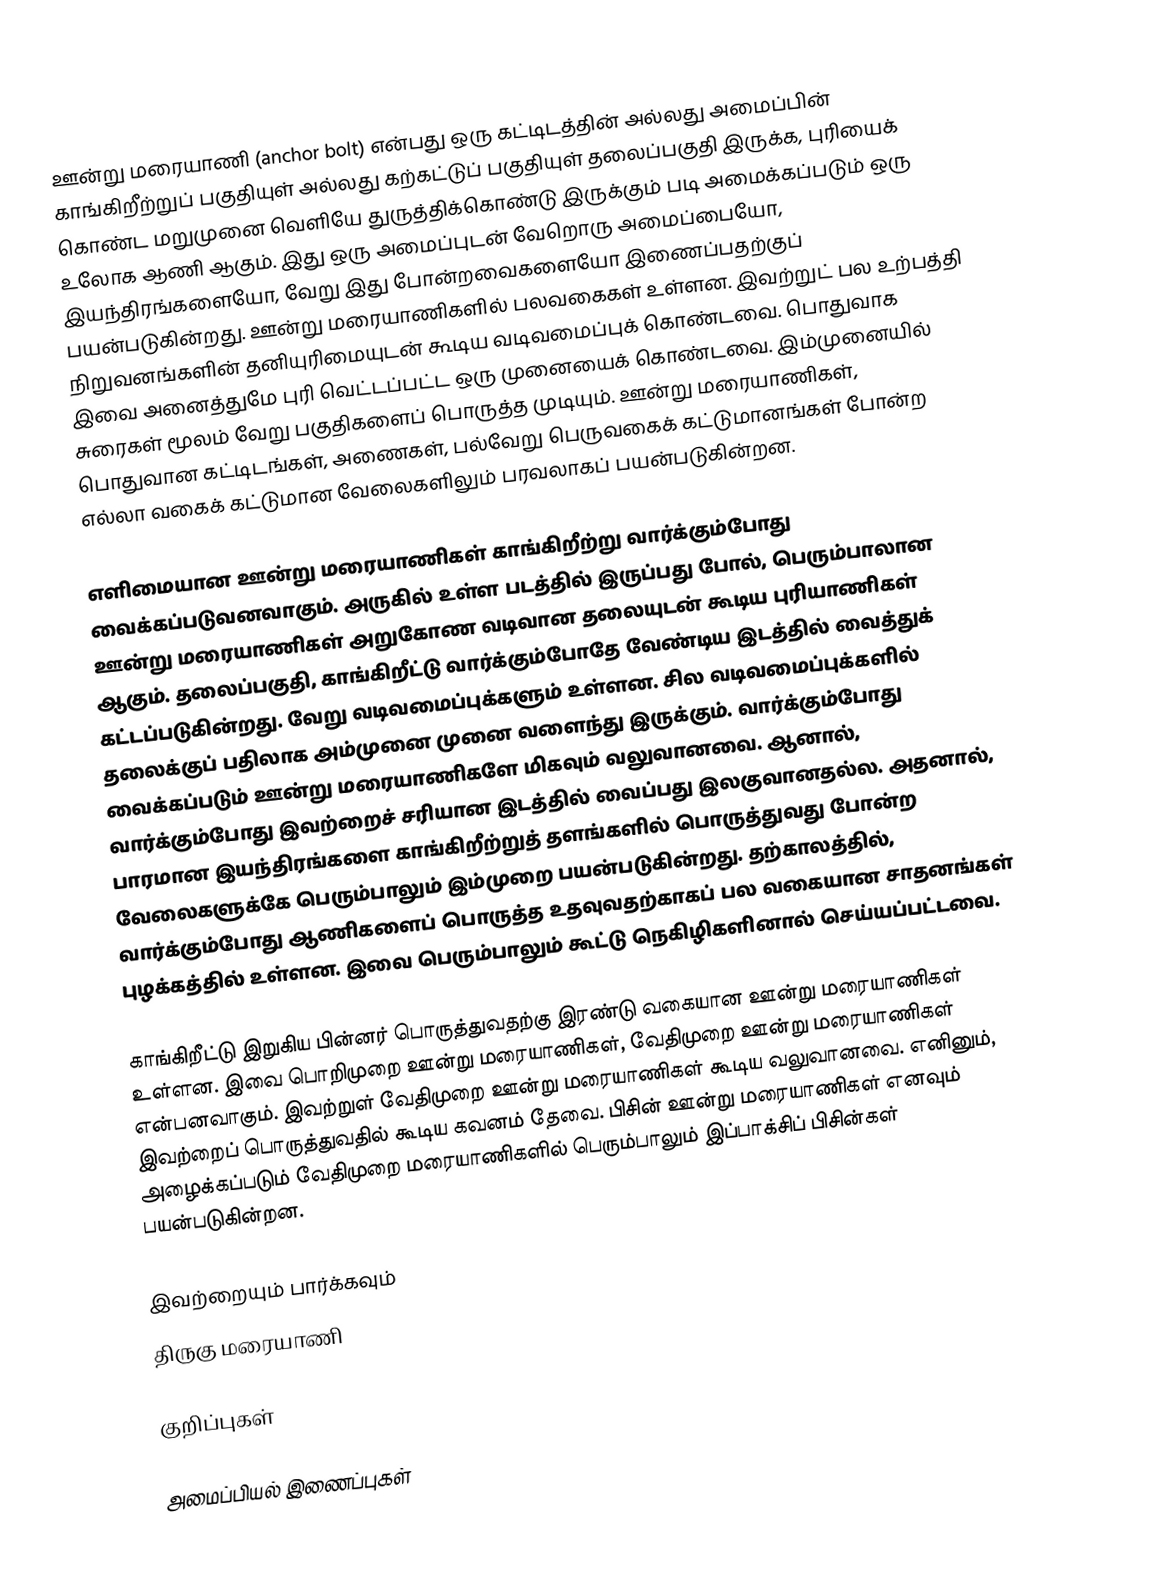
ஊன்று மரையாணி (anchor bolt) என்பது ஒரு கட்டிடத்தின் அல்லது அமைப்பின் காங்கிறீற்றுப் பகுதியுள் அல்லது கற்கட்டுப் பகுதியுள் தலைப்பகுதி இருக்க, புரியைக் கொண்ட மறுமுனை வெளியே துருத்திக்கொண்டு இருக்கும் படி அமைக்கப்படும் ஒரு உலோக ஆணி ஆகும். இது ஒரு அமைப்புடன் வேறொரு அமைப்பையோ, இயந்திரங்களையோ, வேறு இது போன்றவைகளையோ இணைப்பதற்குப் பயன்படுகின்றது. ஊன்று மரையாணிகளில் பலவகைகள் உள்ளன. இவற்றுட் பல உற்பத்தி நிறுவனங்களின் தனியுரிமையுடன் கூடிய வடிவமைப்புக் கொண்டவை. பொதுவாக இவை அனைத்துமே புரி வெட்டப்பட்ட ஒரு முனையைக் கொண்டவை. இம்முனையில் சுரைகள் மூலம் வேறு பகுதிகளைப் பொருத்த முடியும். ஊன்று மரையாணிகள், பொதுவான கட்டிடங்கள், அணைகள், பல்வேறு பெருவகைக் கட்டுமானங்கள் போன்ற எல்லா வகைக் கட்டுமான வேலைகளிலும் பரவலாகப் பயன்படுகின்றன.

எளிமையான ஊன்று மரையாணிகள் காங்கிறீற்று வார்க்கும்போது வைக்கப்படுவனவாகும். அருகில் உள்ள படத்தில் இருப்பது போல், பெரும்பாலான ஊன்று மரையாணிகள் அறுகோண வடிவான தலையுடன் கூடிய புரியாணிகள் ஆகும். தலைப்பகுதி, காங்கிறீட்டு வார்க்கும்போதே வேண்டிய இடத்தில் வைத்துக் கட்டப்படுகின்றது. வேறு வடிவமைப்புக்களும் உள்ளன. சில வடிவமைப்புக்களில் தலைக்குப் பதிலாக அம்முனை முனை வளைந்து இருக்கும். வார்க்கும்போது வைக்கப்படும் ஊன்று மரையாணிகளே மிகவும் வலுவானவை. ஆனால், வார்க்கும்போது இவற்றைச் சரியான இடத்தில் வைப்பது இலகுவானதல்ல. அதனால், பாரமான இயந்திரங்களை காங்கிறீற்றுத் தளங்களில் பொருத்துவது போன்ற வேலைகளுக்கே பெரும்பாலும் இம்முறை பயன்படுகின்றது. தற்காலத்தில், வார்க்கும்போது ஆணிகளைப் பொருத்த உதவுவதற்காகப் பல வகையான சாதனங்கள் புழக்கத்தில் உள்ளன. இவை பெரும்பாலும் கூட்டு நெகிழிகளினால் செய்யப்பட்டவை.

காங்கிறீட்டு இறுகிய பின்னர் பொருத்துவதற்கு இரண்டு வகையான ஊன்று மரையாணிகள் உள்ளன. இவை பொறிமுறை ஊன்று மரையாணிகள், வேதிமுறை ஊன்று மரையாணிகள் என்பனவாகும். இவற்றுள் வேதிமுறை ஊன்று மரையாணிகள் கூடிய வலுவானவை. எனினும், இவற்றைப் பொருத்துவதில் கூடிய கவனம் தேவை. பிசின் ஊன்று மரையாணிகள் எனவும் அழைக்கப்படும் வேதிமுறை மரையாணிகளில் பெரும்பாலும் இப்பாக்சிப் பிசின்கள் பயன்படுகின்றன.

இவற்றையும் பார்க்கவும்
 திருகு மரையாணி

குறிப்புகள்

அமைப்பியல் இணைப்புகள்